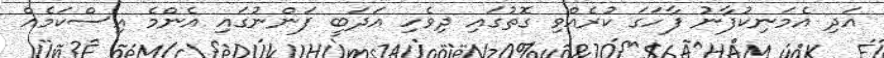
އަދި އެމަނިކުފާނު ފާހަގަ ކުރެއްވި ގޮތުގައި ދިވެހި އަދަބީ ފަންނުގައި އެންމެ އިސްކަމެއް